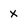
Character: x